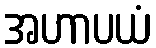
အဟာပယံ